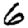
Digit: 6